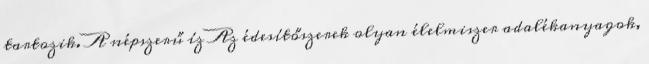
tartozik. A népszerű íz Az édesítőszerek olyan élelmiszer adalékanyagok,